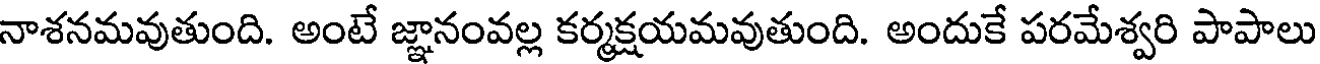
నాశనమవుతుంది. అంటే జ్ఞానంవల్ల కర్మక్షయమవుతుంది. అందుకే పరమేశ్వరి పాపాలు